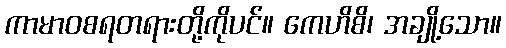
ကာမာဝစရတရားတို့ကိုပင်။ ကေဟိစိ၊ အချို့သော။